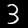
Label: 3